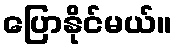
ပြောနိုင်မယ်။